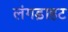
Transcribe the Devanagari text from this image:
लंगड़ाहट